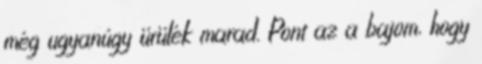
még ugyanúgy ürülék marad. Pont az a bajom, hogy